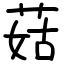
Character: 菇